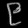
Digit: ၉